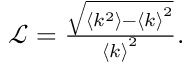
\begin{array} { r } { \mathcal { L } = \frac { \sqrt { \langle k ^ { 2 } \rangle - { \langle k \rangle } ^ { 2 } } } { { \langle k \rangle } ^ { 2 } } . } \end{array}